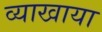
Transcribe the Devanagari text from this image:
व्याखाया